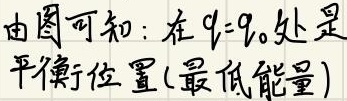
由图可知：在 \(q = q_{0}\)处是
平衡位置(最低能量)